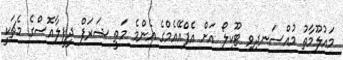
މައުލޫމާތު މުއްސަނދިވި ޓޫކިލޯ އަށް އެފްއޭއެމްގެ އެންމެ މަތީ ޝަރަފް ދީފީލާއޮސްގެ މެޗަކީ